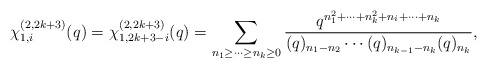
\begin{align*}\chi^{(2, 2k+3)}_{1,i}(q) =\chi^{(2, 2k+3)}_{1,2k+3-i}(q)=\displaystyle\sum_{n_1 \geq \cdots \geq n_{k} \geq 0}\frac{q^{n_1^2 +\cdots + n_{k}^2 +n_i +\cdots +n_{k}}} {(q)_{n_1 -n_2 } \cdots (q)_{n_{k-1}-n_{k}} (q)_{n_{k}}},\end{align*}